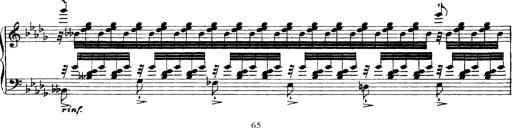
Title: Grandes Etudes
Composer: Franz Liszt